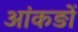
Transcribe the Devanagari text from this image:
आंकङों